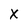
Character: X